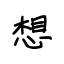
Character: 想